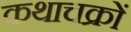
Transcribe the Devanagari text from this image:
कथाचक्रों